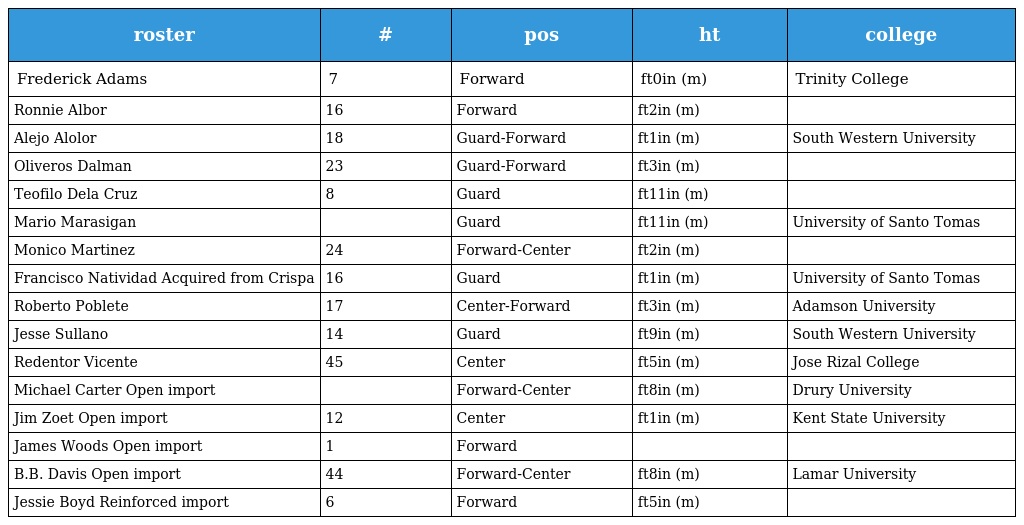
| roster | # | pos | ht | college |
 | --- | --- | --- | --- | --- |
 | Frederick Adams | 7 | Forward | ft0in (m) | Trinity College |
 | Ronnie Albor | 16 | Forward | ft2in (m) |  |
 | Alejo Alolor | 18 | Guard-Forward | ft1in (m) | South Western University |
 | Oliveros Dalman | 23 | Guard-Forward | ft3in (m) |  |
 | Teofilo Dela Cruz | 8 | Guard | ft11in (m) |  |
 | Mario Marasigan |  | Guard | ft11in (m) | University of Santo Tomas |
 | Monico Martinez | 24 | Forward-Center | ft2in (m) |  |
 | Francisco Natividad Acquired from Crispa | 16 | Guard | ft1in (m) | University of Santo Tomas |
 | Roberto Poblete | 17 | Center-Forward | ft3in (m) | Adamson University |
 | Jesse Sullano | 14 | Guard | ft9in (m) | South Western University |
 | Redentor Vicente | 45 | Center | ft5in (m) | Jose Rizal College |
 | Michael Carter Open import |  | Forward-Center | ft8in (m) | Drury University |
 | Jim Zoet Open import | 12 | Center | ft1in (m) | Kent State University |
 | James Woods Open import | 1 | Forward |  |  |
 | B.B. Davis Open import | 44 | Forward-Center | ft8in (m) | Lamar University |
 | Jessie Boyd Reinforced import | 6 | Forward | ft5in (m) |  |